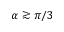
\alpha \gtrsim \pi / 3